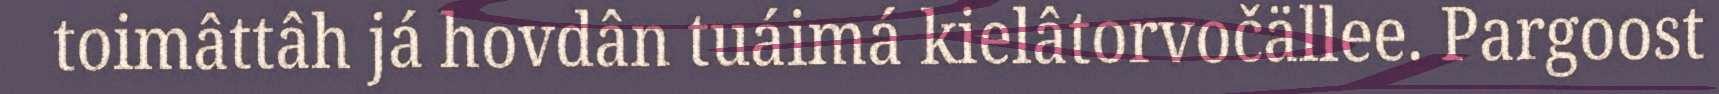
toimâttâh já hovdân tuáimá kielâtorvočällee. Pargoost